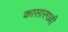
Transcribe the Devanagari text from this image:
कासारगल्ली